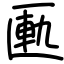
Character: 匭